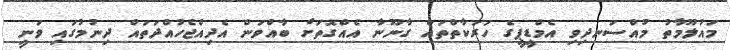
މައުލޫމާތު މުއްސަނދިވި އެމްޑީޕީގެ ހަރަކާތްތައް ގާނޫނާ އެއްގޮތަށް ބާއްވަން އެދިއްޖެހުއްދަތައް ދިނުމުގައި ވަނީ